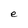
Character: e